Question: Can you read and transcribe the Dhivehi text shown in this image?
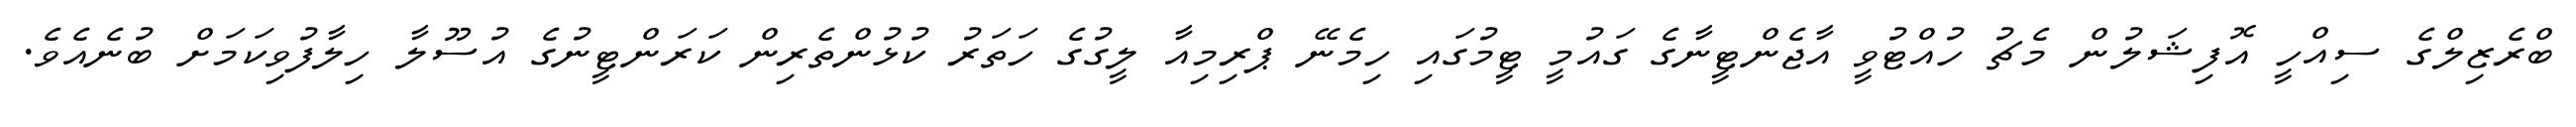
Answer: ބްރެޒިލްގެ ސިއްހީ އޮފިޝަލުން މެޗު ހުއްޓުވީ އާޖެންޓީނާގެ ގައުމީ ޓީމުގައި ހިމެނޭ ޕްރިމިއާ ލީގުގެ ހަތަރު ކުޅުންތެރިން ކަރަންޓީނުގެ އުސޫލާ ހިލާފުވިކަމަށް ބުނެއެވެ.